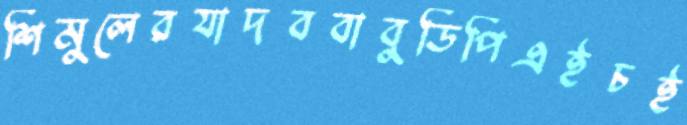
শিমুলেরযাদববাবুডিপিএইচই